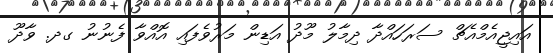
އައިޖީއެމްއެޗް ސަރަހައްދާ ދިމާލު މޫދު އަޑިން މަރުވެފައި އޮއްވާ ފެނުނު ގދ. ވާދޫ